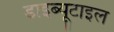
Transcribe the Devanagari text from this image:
डाइब्यूटाइल